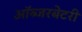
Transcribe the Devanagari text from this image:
ऑब्‍जरबेटरी